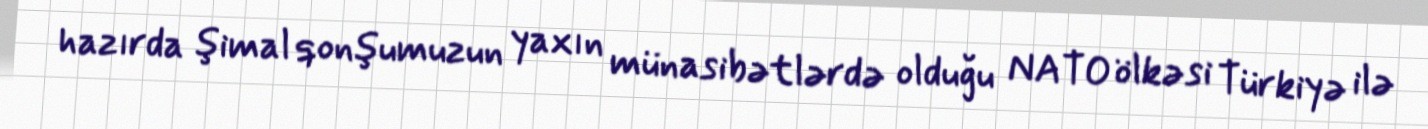
hazırda şimal qonşumuzun yaxın münasibətlərdə olduğu NATO ölkəsi Türkiyə ilə